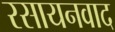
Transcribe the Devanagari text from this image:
रसायनवाद